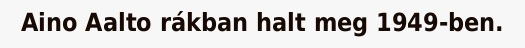
Aino Aalto rákban halt meg 1949-ben.